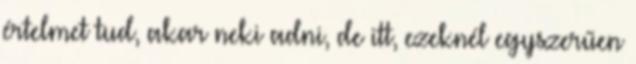
értelmet tud, akar neki adni, de itt, ezeknél egyszerűen